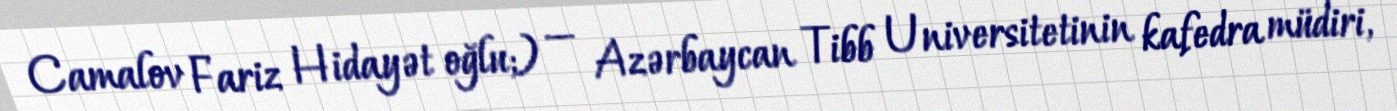
Camalov Fariz Hidayət oğlu;) — Azərbaycan Tibb Universitetinin kafedra müdiri,